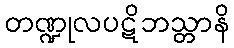
တဏ္ဍုလပဋိဘသ္တာနိ